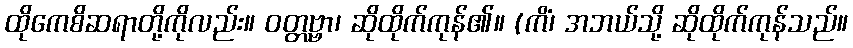
ထိုကေစိဆရာတို့ကိုလည်း။ ဝတ္တဗ္ဗာ၊ ဆိုထိုက်ကုန်၏။ (ကိံ၊ အဘယ်သို့ ဆိုထိုက်ကုန်သည်။